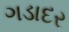
ગડાદર